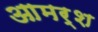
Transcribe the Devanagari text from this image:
आमर्श